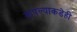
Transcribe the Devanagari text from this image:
आपल्याकडेही